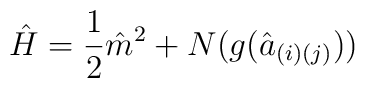
{\hat H}={1 \over 2}{\hat m}^{2}+N(g({\hat a}_{(i)(j)}))